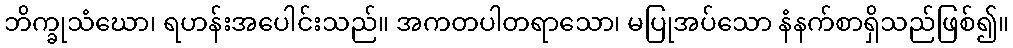
ဘိက္ခုသံဃော၊ ရဟန်းအပေါင်းသည်။ အကတပါတရာသော၊ မပြုအပ်သော နံနက်စာရှိသည်ဖြစ်၍။